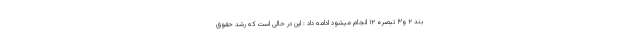
بند ۲ و۳ تبصره ۱۲ انجام میشود ادامه داد : این در حالی است که رشد حقوق